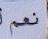
نعم